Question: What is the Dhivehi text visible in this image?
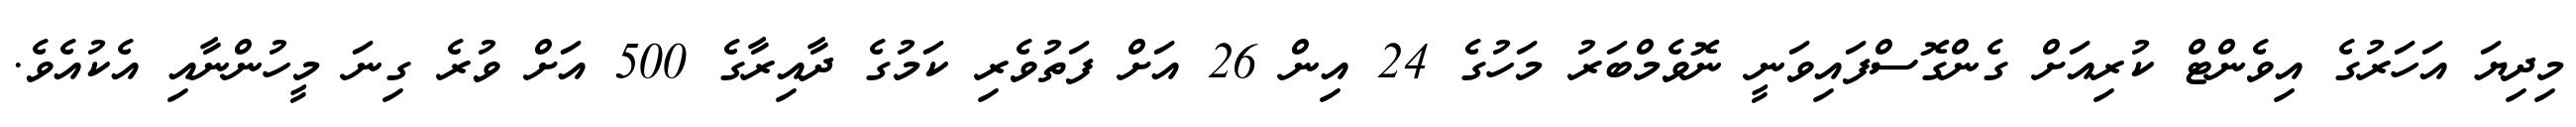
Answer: މިދިޔަ އަހަރުގެ އިވެންޓް ކުރިއަށް ގެންގޮސްފައިވަނީ ނޮވެމްބަރު މަހުގެ 24 އިން 26 އަށް ފަތުވެރި ކަމުގެ ދާއިރާގެ 500 އަށް ވުރެ ގިނަ މީހުންނާއި އެކުއެވެ.